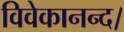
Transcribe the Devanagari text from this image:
विवेकानन्द।